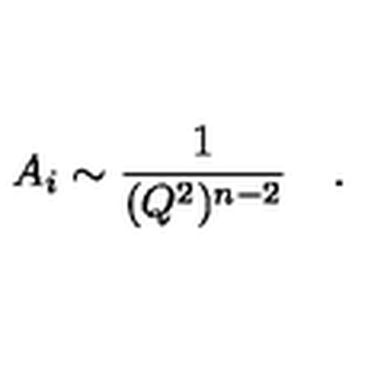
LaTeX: A _ { i } \sim \frac { 1 } { ( Q ^ { 2 } ) ^ { n - 2 } } \quad .